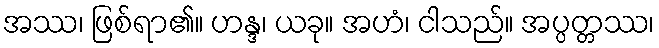
အဿ၊ ဖြစ်ရာ၏။ ဟန္ဒ၊ ယခု။ အဟံ၊ ငါသည်။ အပ္ပတ္တဿ၊